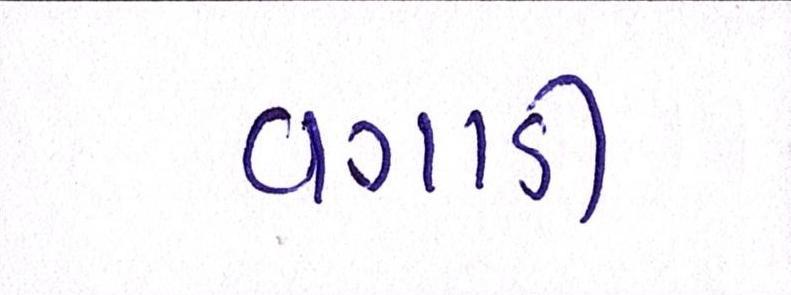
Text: વગાડી